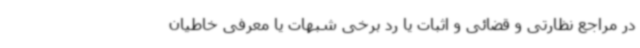
در مراجع نظارتی و قضائی و اثبات یا رد برخی شبهات یا معرفی خاطیان